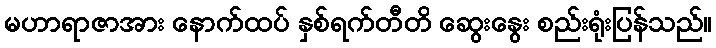
မဟာရာဇာအား နောက်ထပ် နှစ်ရက်တီတိ ဆွေးနွေး စည်းရုံးပြန်သည်။